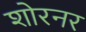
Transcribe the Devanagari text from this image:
शोरनर